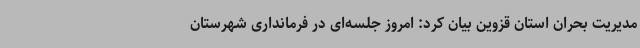
مدیریت بحران استان قزوین بیان کرد: امروز جلسه‌ای در فرمانداری شهرستان